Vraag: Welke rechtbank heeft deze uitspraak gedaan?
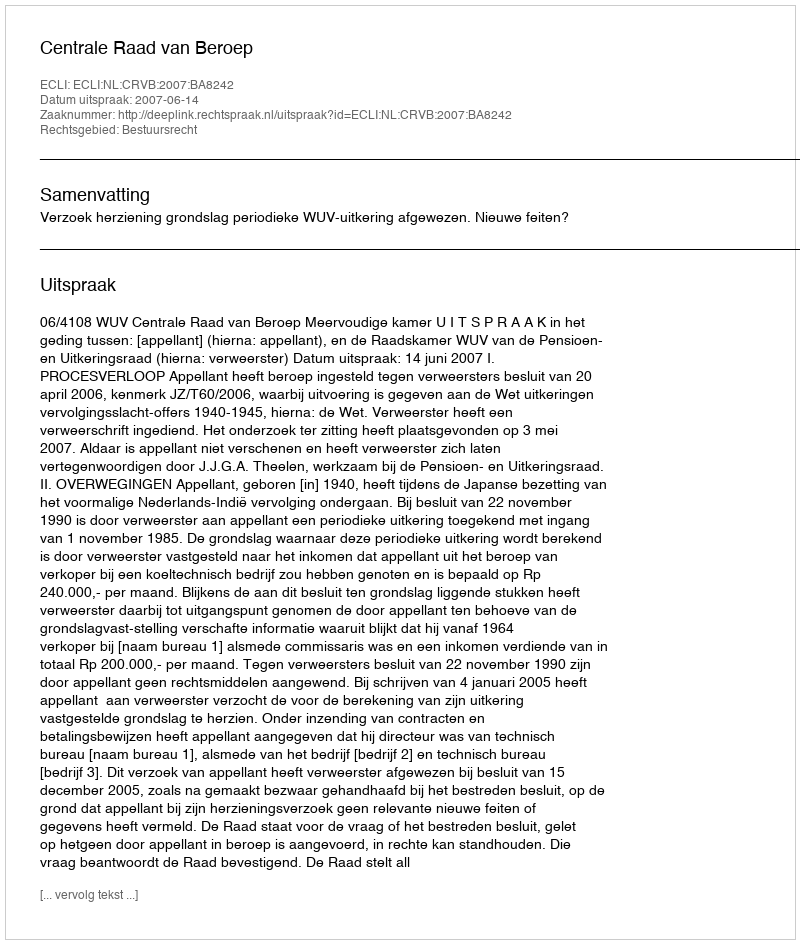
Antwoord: Centrale Raad van Beroep